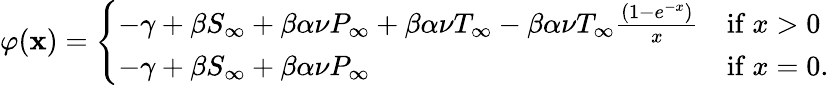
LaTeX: \varphi(\mathbf{x})=\left\{ \begin{array}{ll}{-\gamma+\beta S_{\infty}+\beta\alpha\nu P_{\infty}+\beta\alpha\nu T_{\infty}-\beta\alpha\nu T_{\infty}\frac{(1-e^{-x})}{x}}&{\mathrm{if~}x>0}\\ {-\gamma+\beta S_{\infty}+\beta\alpha\nu P_{\infty}}&{\mathrm{if~}x=0.}\end{array}\right.